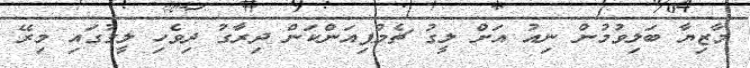
މާޒިޔާ ބަލިވުމުން ނިއު އަށް ލީގު ޗެމްޕިއަންކަން ދިރާގު ދިވެހި ލީގުގައި މިރޭ